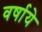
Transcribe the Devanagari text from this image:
वर्षाये